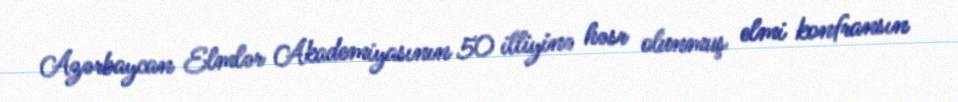
Azərbaycan Elmlər Akademiyasının 50 illiyinə həsr olunmuş elmi konfransın